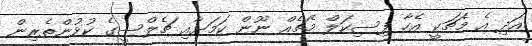
އަދި އެ މެޗަކީ އެހާ ފިސިކަލް މެޗެއް ނޫން ކަމަށާއި ޗެލްސީގެ ކުޅުންތެރިން